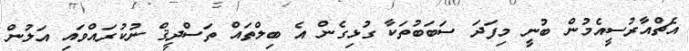
އެޗްއާރުސީއެމުން ބުނީ މިފަދަ ސަބަބުތަކާ ގުޅިގެން އެ ބިލްތައް ތަސްދީޤް ނުކުރައްވައި އަލުން